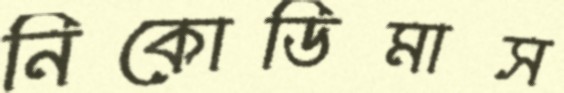
নিকোডিমাস